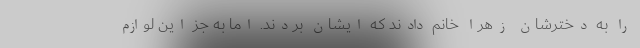
را به دخترشان زهرا خانم دادند که ایشان بردند. اما به جز این لوازم